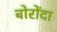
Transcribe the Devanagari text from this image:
बोरोंदा